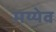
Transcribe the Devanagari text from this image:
मय्येव